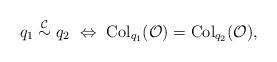
LaTeX: \begin{align*} q_1\overset{\mathcal{C}}{\sim} q_2 \ \Leftrightarrow\ \mbox{Col}_{q_1}(\mathcal{O})=\mbox{Col}_{q_2}(\mathcal{O}),\end{align*}